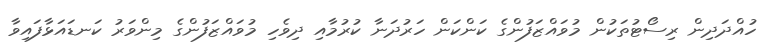
ހުއްދަދިން ރިސޯޓުތަކުން މުވައްޒަފުންގެ ކަންކަން ހަރުދަނާ ކުރުމާއި ދިވެހި މުވައްޒަފުންގެ މިންވަރު ކަނޑައަޅާފައިވާ